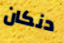
دنكان